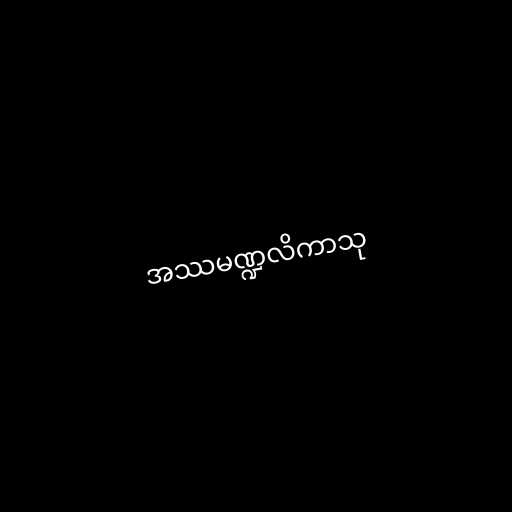
အဿမဏ္ဍလိကာသု